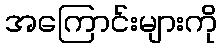
အကြောင်းများကို